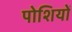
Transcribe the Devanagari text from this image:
पोशियों